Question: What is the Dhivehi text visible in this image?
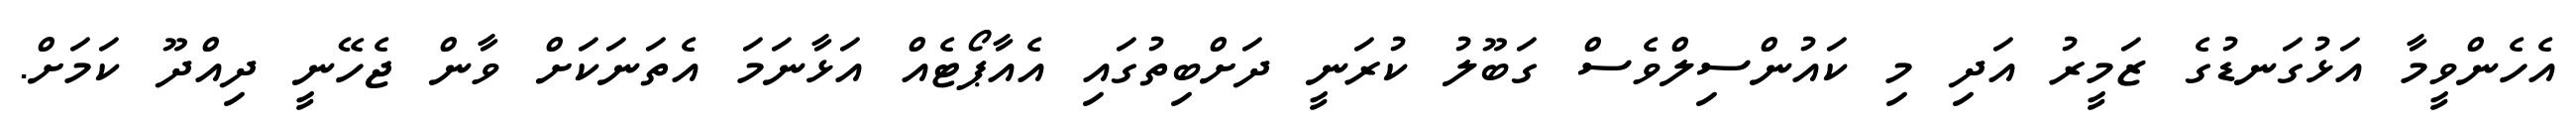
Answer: އެހެންވީމާ އަޅުގަނޑުގެ ޒަމީރު އަދި މި ކައުންސިލްވެސް ގަބޫލު ކުރަނީ ދަށްބިތުގައި އެއާޕޯޓެއް އަޅާނަމަ އެތަނަކަށް ވާން ޖެހޭނީ ދިއްދޫ ކަމަށް.